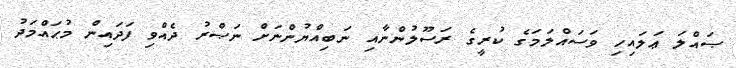
ޞައްލަ ޢަލައިހި ވަސައްލަމަގެ ކުރީގެ ރަސޫލުންނާއި ނަބިއްޔުންނަށް ނަޞްރު ދެއްވި ފަދައިން މުޙައްމަދު